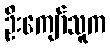
ဦးကျော်သူက